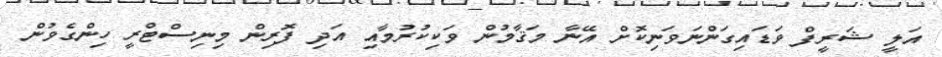
އަލީ ޝަރީފް ވަޑައިގަންނަވަނިކޮށް އޭނާ މަޤާމުން ވަކިކުރުމާއި އަދި ފޮރިން މިނިސްޓްރީ ހިންގެވުން